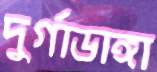
দুর্গাডাঙ্গা